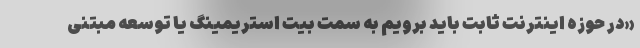
«در حوزه اینترنت ثابت باید برویم به سمت بیت استریمینگ یا توسعه مبتنی